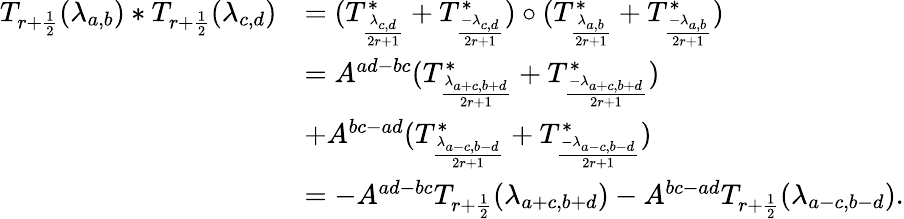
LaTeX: \begin{array}{rl}{T_{r+\frac{1}{2}}(\lambda_{a,b})\ast T_{r+\frac{1}{2}}(\lambda_{c,d})}&{=(T_{\frac{\lambda_{c,d}}{2r+1}}^{*}+T_{\frac{-\lambda_{c,d}}{2r+1}}^{*})\circ(T_{\frac{\lambda_{a,b}}{2r+1}}^{*}+T_{\frac{-\lambda_{a,b}}{2r+1}}^{*})}\\ &{=A^{ad-bc}(T_{\frac{\lambda_{a+c,b+d}}{2r+1}}^{*}+T_{\frac{-\lambda_{a+c,b+d}}{2r+1}}^{*})}\\ &{+A^{bc-ad}(T_{\frac{\lambda_{a-c,b-d}}{2r+1}}^{*}+T_{\frac{-\lambda_{a-c,b-d}}{2r+1}}^{*})}\\ &{=-A^{ad-bc}T_{r+\frac{1}{2}}(\lambda_{a+c,b+d})-A^{bc-ad}T_{r+\frac{1}{2}}(\lambda_{a-c,b-d}).}\end{array}